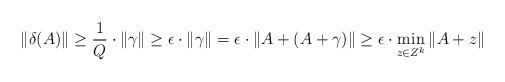
LaTeX: \begin{align*}\|\delta(A) \| \geq \frac{1}{Q} \cdot \|\gamma\| \geq \epsilon \cdot \|\gamma\| = \epsilon \cdot \|A + (A+\gamma)\| \geq \epsilon \cdot \min_{z \in Z^k} \|A + z\|\end{align*}